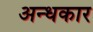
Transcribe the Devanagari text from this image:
अन्‍धकार